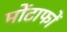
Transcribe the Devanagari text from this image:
मोंटाफों